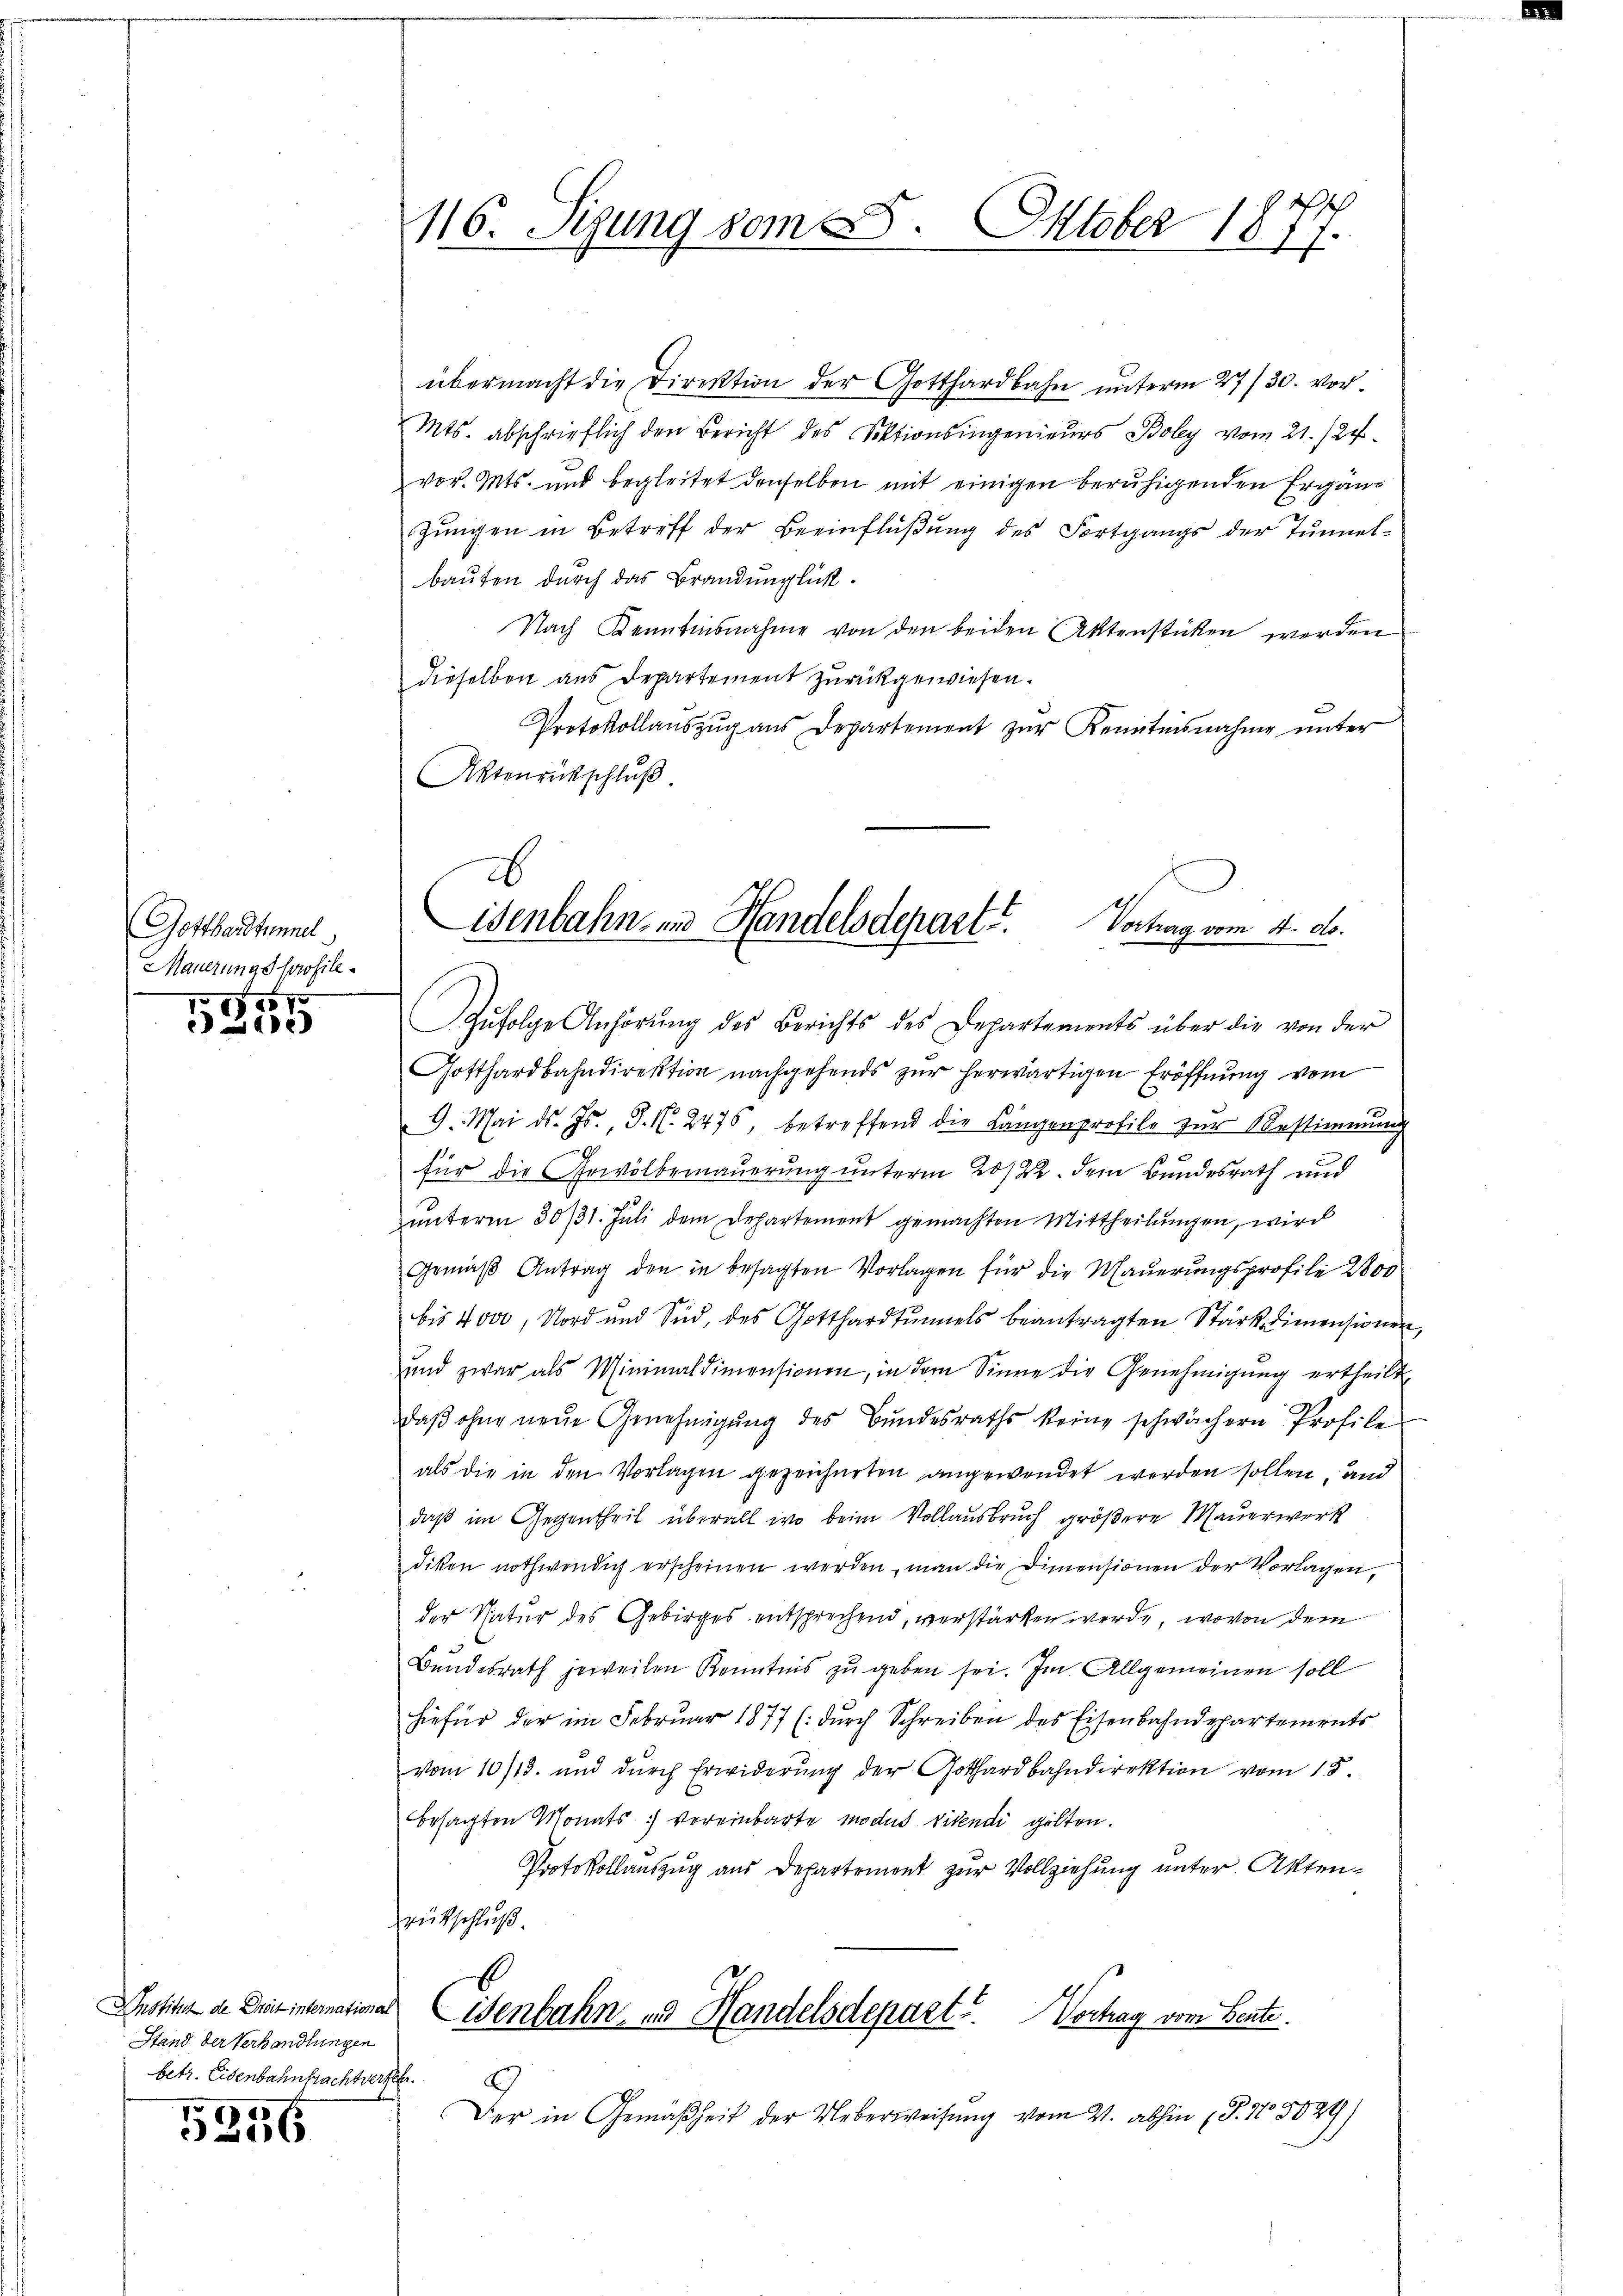
Gotthardtunnel
Mauerungsprofile
57

e

Stand der Verhandlungen
betr. Eisenbahnbachtversel

5356

116. Sizung vom 8. Oktober 1877.

übermacht die Direktion der Gotthardbahn unterm 27./30. vor¬
Mts. abschrieflich den Bericht des Sektionsingenieurs Boley vom 21. 127.
vor. Mts. und begleitet denselben mit einigen beruhigenden Ergän¬
Zŭngen in Betreff der Beeinflüβŭng des Fortgangs der Tŭnnel-
bauten durch das Brandunglück.
Nach Kenntnisnahme von den beiden Aktenstücken werden
dieselben aus Departement zurückgewiesen.
Protokollauszug aus Departement zur Kenntnisnahme unter
Aktenrückschluß.

26
isenbahn- und Handelsdepart. Vortrag vom 4. ds.

Zŭfolge Anhörŭng des Berichts des Departements über die von der
Gotthardbahndirektion nachgehends zur herwärtigen Eröffnung vom
9. Mai d. Js., J. N. 2475, betreffend die Längenprofile zŭr Bestimmung
für die Gewölbemauerung unterm 20/22. dem Bundesrath und
ŭnterm 30/31. Juli dem Departement gemachten Mittheilŭngen, wird
Gemäβ Antrag den in besagten Vorlagen für die Maŭerŭngsprofile 2000
bis 4000, Nord und Sid, des Gotthardtŭmels beantragten Stärk Dimensionen,
und zwar als Minimaldimensionen, in dem Sinne die Genehmigung ertheilt,
daβ ohne neue Genehmigŭng des Bŭndesraths keine schwächern Profile
als die in den Vorlagen gezeichneten angewendet werden sollen, und
daß im Gegentheil überall wo beim Vollausbruch größere Mauerwerk
diken nothwendig erscheinen werden, man die Dimensionen der Vorlagen,
der Natur des Gebirges entsprechend, verstärken werde, wovon dem
Bundesrath jeweilen Kenntnis zu geben sei. Im Allgemeinen soll
hiefür der im Februar 1877 (durch Schreiben des Eisenbahndepartements
vom 10/13. und durch Erwiderung der Gotthardbahndirektion vom 18.
besagten Monats vereinbarte modus videndi gelten.
Protokollauszug aus Departement zur Vollziehung unter Akten¬
Feutschluß.
Potizen de Breitinternationes Eisenbahn und Handelsdepart. Vortrag vom Bente.
690.
Der in Gemäßheit der Ueberweisung vom 4. abhin (S. 1302)